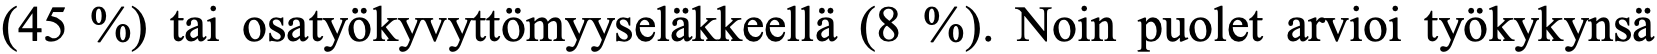
(45 %) tai osatyökyvyttömyyseläkkeellä (8 %). Noin puolet arvioi työkykynsä